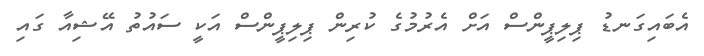
އެބައިގަނޑު ޕިލިޕީންސް އަށް އެރުމުގެ ކުރިން ޕިލިޕީންސް އަކީ ސައުތު އޭޝިއާ ގައި